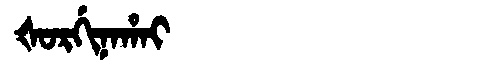
Manchu: ᡧᠣᡵᡤᡳᠨᠠᡥᠠᡳ
Romanization: ŠORGINAHAI